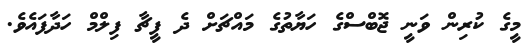
މީގެ ކުރިން ވަނީ ޖޮބްސްގެ ހަޔާތުގެ މައްޗަށް ދެ ފީޗާ ފިލްމް ހަދާފައެވެ.